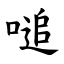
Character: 㗓